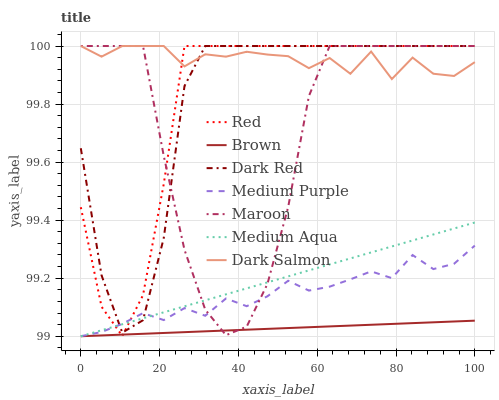
| xaxis_label | Red | Brown | Dark Red | Medium Purple | Maroon | Medium Aqua | Dark Salmon |
 | --- | --- | --- | --- | --- | --- | --- | --- |
 | 0 | 99.4 | 99 | 99.6 | 99 | 100 | 99 | 100 |
 | 5.26 | 99.1 | 99 | 99.2 | 99 | 100 | 99 | 100 |
 | 10.5 | 99 | 99 | 99 | 99 | 100 | 99 | 100 |
 | 15.8 | 99.1 | 99 | 99.1 | 99.1 | 100 | 99.1 | 100 |
 | 21.1 | 99.5 | 99 | 99.3 | 99.1 | 99.6 | 99.1 | 100 |
 | 26.3 | 100 | 99 | 99.9 | 99.1 | 99.3 | 99.1 | 99.9 |
 | 31.6 | 100 | 99 | 100 | 99.1 | 99.1 | 99.1 | 100 |
 | 36.8 | 100 | 99 | 100 | 99.1 | 99 | 99.1 | 100 |
 | 42.1 | 100 | 99 | 100 | 99.1 | 99 | 99.2 | 100 |
 | 47.4 | 100 | 99 | 100 | 99.1 | 99.2 | 99.2 | 100 |
 | 52.6 | 100 | 99 | 100 | 99.2 | 99.4 | 99.2 | 100 |
 | 57.9 | 100 | 99 | 100 | 99.2 | 99.8 | 99.2 | 99.9 |
 | 63.2 | 100 | 99 | 100 | 99.2 | 100 | 99.2 | 100 |
 | 68.4 | 100 | 99 | 100 | 99.2 | 100 | 99.3 | 99.9 |
 | 73.7 | 100 | 99 | 100 | 99.2 | 100 | 99.3 | 100 |
 | 78.9 | 100 | 99 | 100 | 99.2 | 100 | 99.3 | 99.9 |
 | 84.2 | 100 | 99 | 100 | 99.3 | 100 | 99.3 | 100 |
 | 89.5 | 100 | 99 | 100 | 99.2 | 100 | 99.4 | 99.9 |
 | 94.7 | 100 | 99.1 | 100 | 99.2 | 100 | 99.4 | 99.9 |
 | 100 | 100 | 99.1 | 100 | 99.3 | 100 | 99.4 | 99.9 |